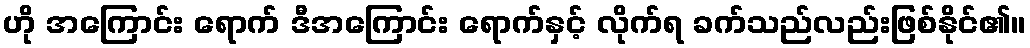
ဟို အကြောင်း ရောက် ဒီအကြောင်း ရောက်နှင့် လိုက်ရ ခက်သည်လည်းဖြစ်နိုင်၏။